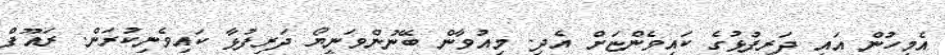
އެމީހުން އައީ ދަރިފުޅުގެ ކައިވެންޏަށް އެދި. މިއުވާން ބޭނުންވަނީޔޯ ދަރިފުޅާ ކައިވެނިކުރަން. ރައޫފް